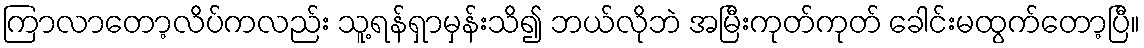
ကြာလာတော့လိပ်ကလည်း သူ့ရန်ရှာမှန်းသိ၍ ဘယ်လိုဘဲ အမြီးကုတ်ကုတ် ခေါင်းမထွက်တော့ပြီ။